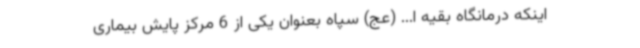
اینکه درمانگاه بقیه ا... (عج) سپاه بعنوان یکی از 6 مرکز پایش بیماری